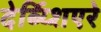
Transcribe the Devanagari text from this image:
देर्ब्य्शिएरे